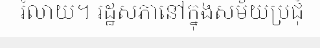
រំលាយ។ រដ្ឋសភានៅក្នុងសម័យប្រជុំ